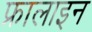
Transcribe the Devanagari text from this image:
फ्रालाइन